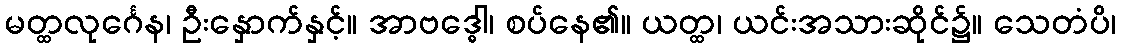
မတ္ထလုင်္ဂေန၊ ဦးနှောက်နှင့်။ အာဗဒ္ဓေါ၊ စပ်နေ၏။ ယတ္ထ၊ ယင်းအသားဆိုင်၌။ သေတံပိ၊